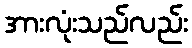
အားလုံးသည်လည်း